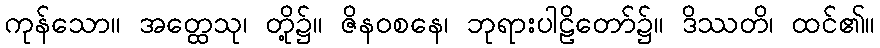
ကုန်သော။ အတ္ထေသု၊ တို့၌။ ဇိနဝစနေ၊ ဘုရားပါဠိတော်၌။ ဒိဿတိ၊ ထင်၏။